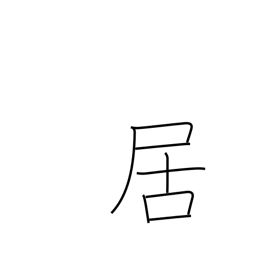
Meaning: to be